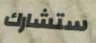
ستشارك